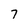
Character: 7